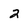
Character: 2